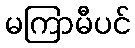
မကြာမီပင်